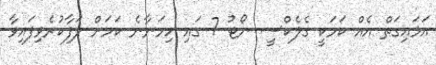
އަޅައިގަތް އެއް ކަމަކީ ގެލެކްސީ ނޯޓު 7 ގައި ހިމަނާނެ ކަމަށް ލަފާކުރެވިފައިވާ